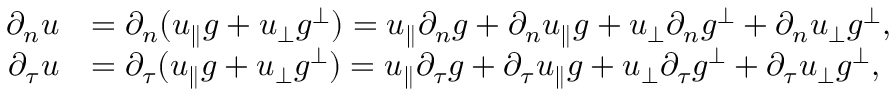
\begin{array} { r l } { \partial _ { n } u } & { = \partial _ { n } ( u _ { \parallel } g + u _ { \perp } g ^ { \perp } ) = u _ { \parallel } \partial _ { n } g + \partial _ { n } u _ { \parallel } g + u _ { \perp } \partial _ { n } g ^ { \perp } + \partial _ { n } u _ { \perp } g ^ { \perp } , } \\ { \partial _ { \tau } u } & { = \partial _ { \tau } ( u _ { \parallel } g + u _ { \perp } g ^ { \perp } ) = u _ { \parallel } \partial _ { \tau } g + \partial _ { \tau } u _ { \parallel } g + u _ { \perp } \partial _ { \tau } g ^ { \perp } + \partial _ { \tau } u _ { \perp } g ^ { \perp } , } \end{array}